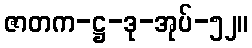
ဇာတက-ဋ္ဌ-ဒု-အုပ်-၅၂။